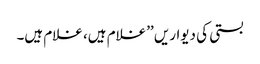
بستی کی دیواریں ’’غلام ہیں، غلام ہیں۔